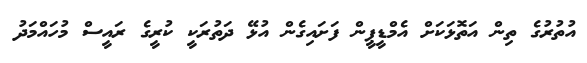
އުތުރުގެ ތިން އަތޮޅަކަށް އެމްޑީޕީން ފަށައިގެން އުޅޭ ދަތުރަކީ ކުރީގެ ރައީސް މުހައްމަދު